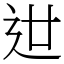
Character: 𨑬